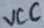
Text: VCC